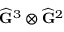
\widehat { \mathbf { G } } ^ { 3 } \otimes \widehat { \mathbf { G } } ^ { 2 }